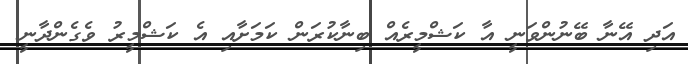
އަދި އޭނާ ބޭނުންވަނީ އާ ކަޝްމީރެއް ބިނާކުރަން ކަމަށާއި އެ ކަޝްމީރު ވެގެންދާނީ